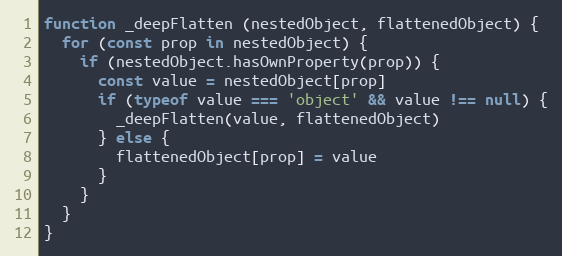
Language: JavaScript
function _deepFlatten (nestedObject, flattenedObject) {
  for (const prop in nestedObject) {
    if (nestedObject.hasOwnProperty(prop)) {
      const value = nestedObject[prop]
      if (typeof value === 'object' && value !== null) {
        _deepFlatten(value, flattenedObject)
      } else {
        flattenedObject[prop] = value
      }
    }
  }
}